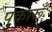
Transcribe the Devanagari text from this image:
पुकारूँ